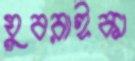
যুবরাইকা